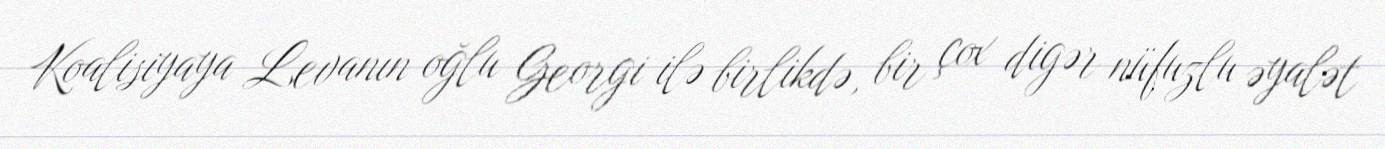
Koalisiyaya Levanın oğlu Georgi ilə birlikdə, bir çox digər nüfuzlu əyalət